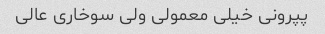
پپرونی خیلی معمولی ولی سوخاری عالی